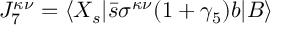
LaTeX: J _ { 7 } ^ { \kappa \nu } = \langle X _ { s } | \bar { s } \sigma ^ { \kappa \nu } ( 1 + \gamma _ { 5 } ) b | B \rangle